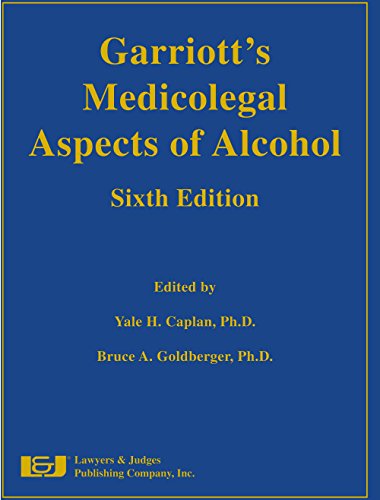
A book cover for Garriott's Medicolegal Aspects of Alcohol; Yale H. Caplan; Law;